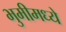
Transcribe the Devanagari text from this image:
भुमीमध्ये